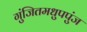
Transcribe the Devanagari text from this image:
गुंजितमधुपपुंज